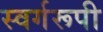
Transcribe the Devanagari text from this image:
स्वर्गरूपी